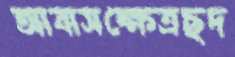
আবাসক্ষেত্রছদ